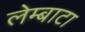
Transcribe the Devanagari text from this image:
लेम्बाटा